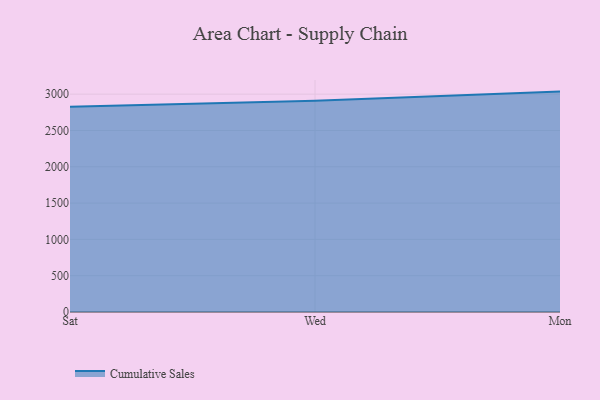
{"axis": {"x": "Day", "y": "Market Share (%)"}, "legend": ["Cumulative Sales"], "data": [{"x": "Sat", "y": 2827.8, "type": "Cumulative Sales"}, {"x": "Wed", "y": 2907.9, "type": "Cumulative Sales"}, {"x": "Mon", "y": 3035.5, "type": "Cumulative Sales"}]}